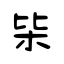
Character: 枈